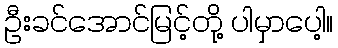
ဦးခင်အောင်မြင့်တို့ ပါမှာပေါ့။